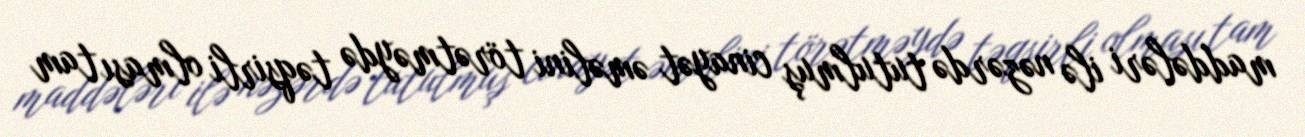
maddələri ilə nəzərdə tutulmuş cinayət əməlini törətməydə təqsirli olması tam